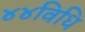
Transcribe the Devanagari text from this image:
४४विधि